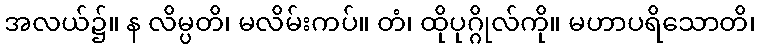
အလယ်၌။ န လိမ္ပတိ၊ မလိမ်းကပ်။ တံ၊ ထိုပုဂ္ဂိုလ်ကို။ မဟာပရိသောတိ၊